65_HS1-834228961_62-HQ-83894_Section_9
Agency: FBI
Page 222
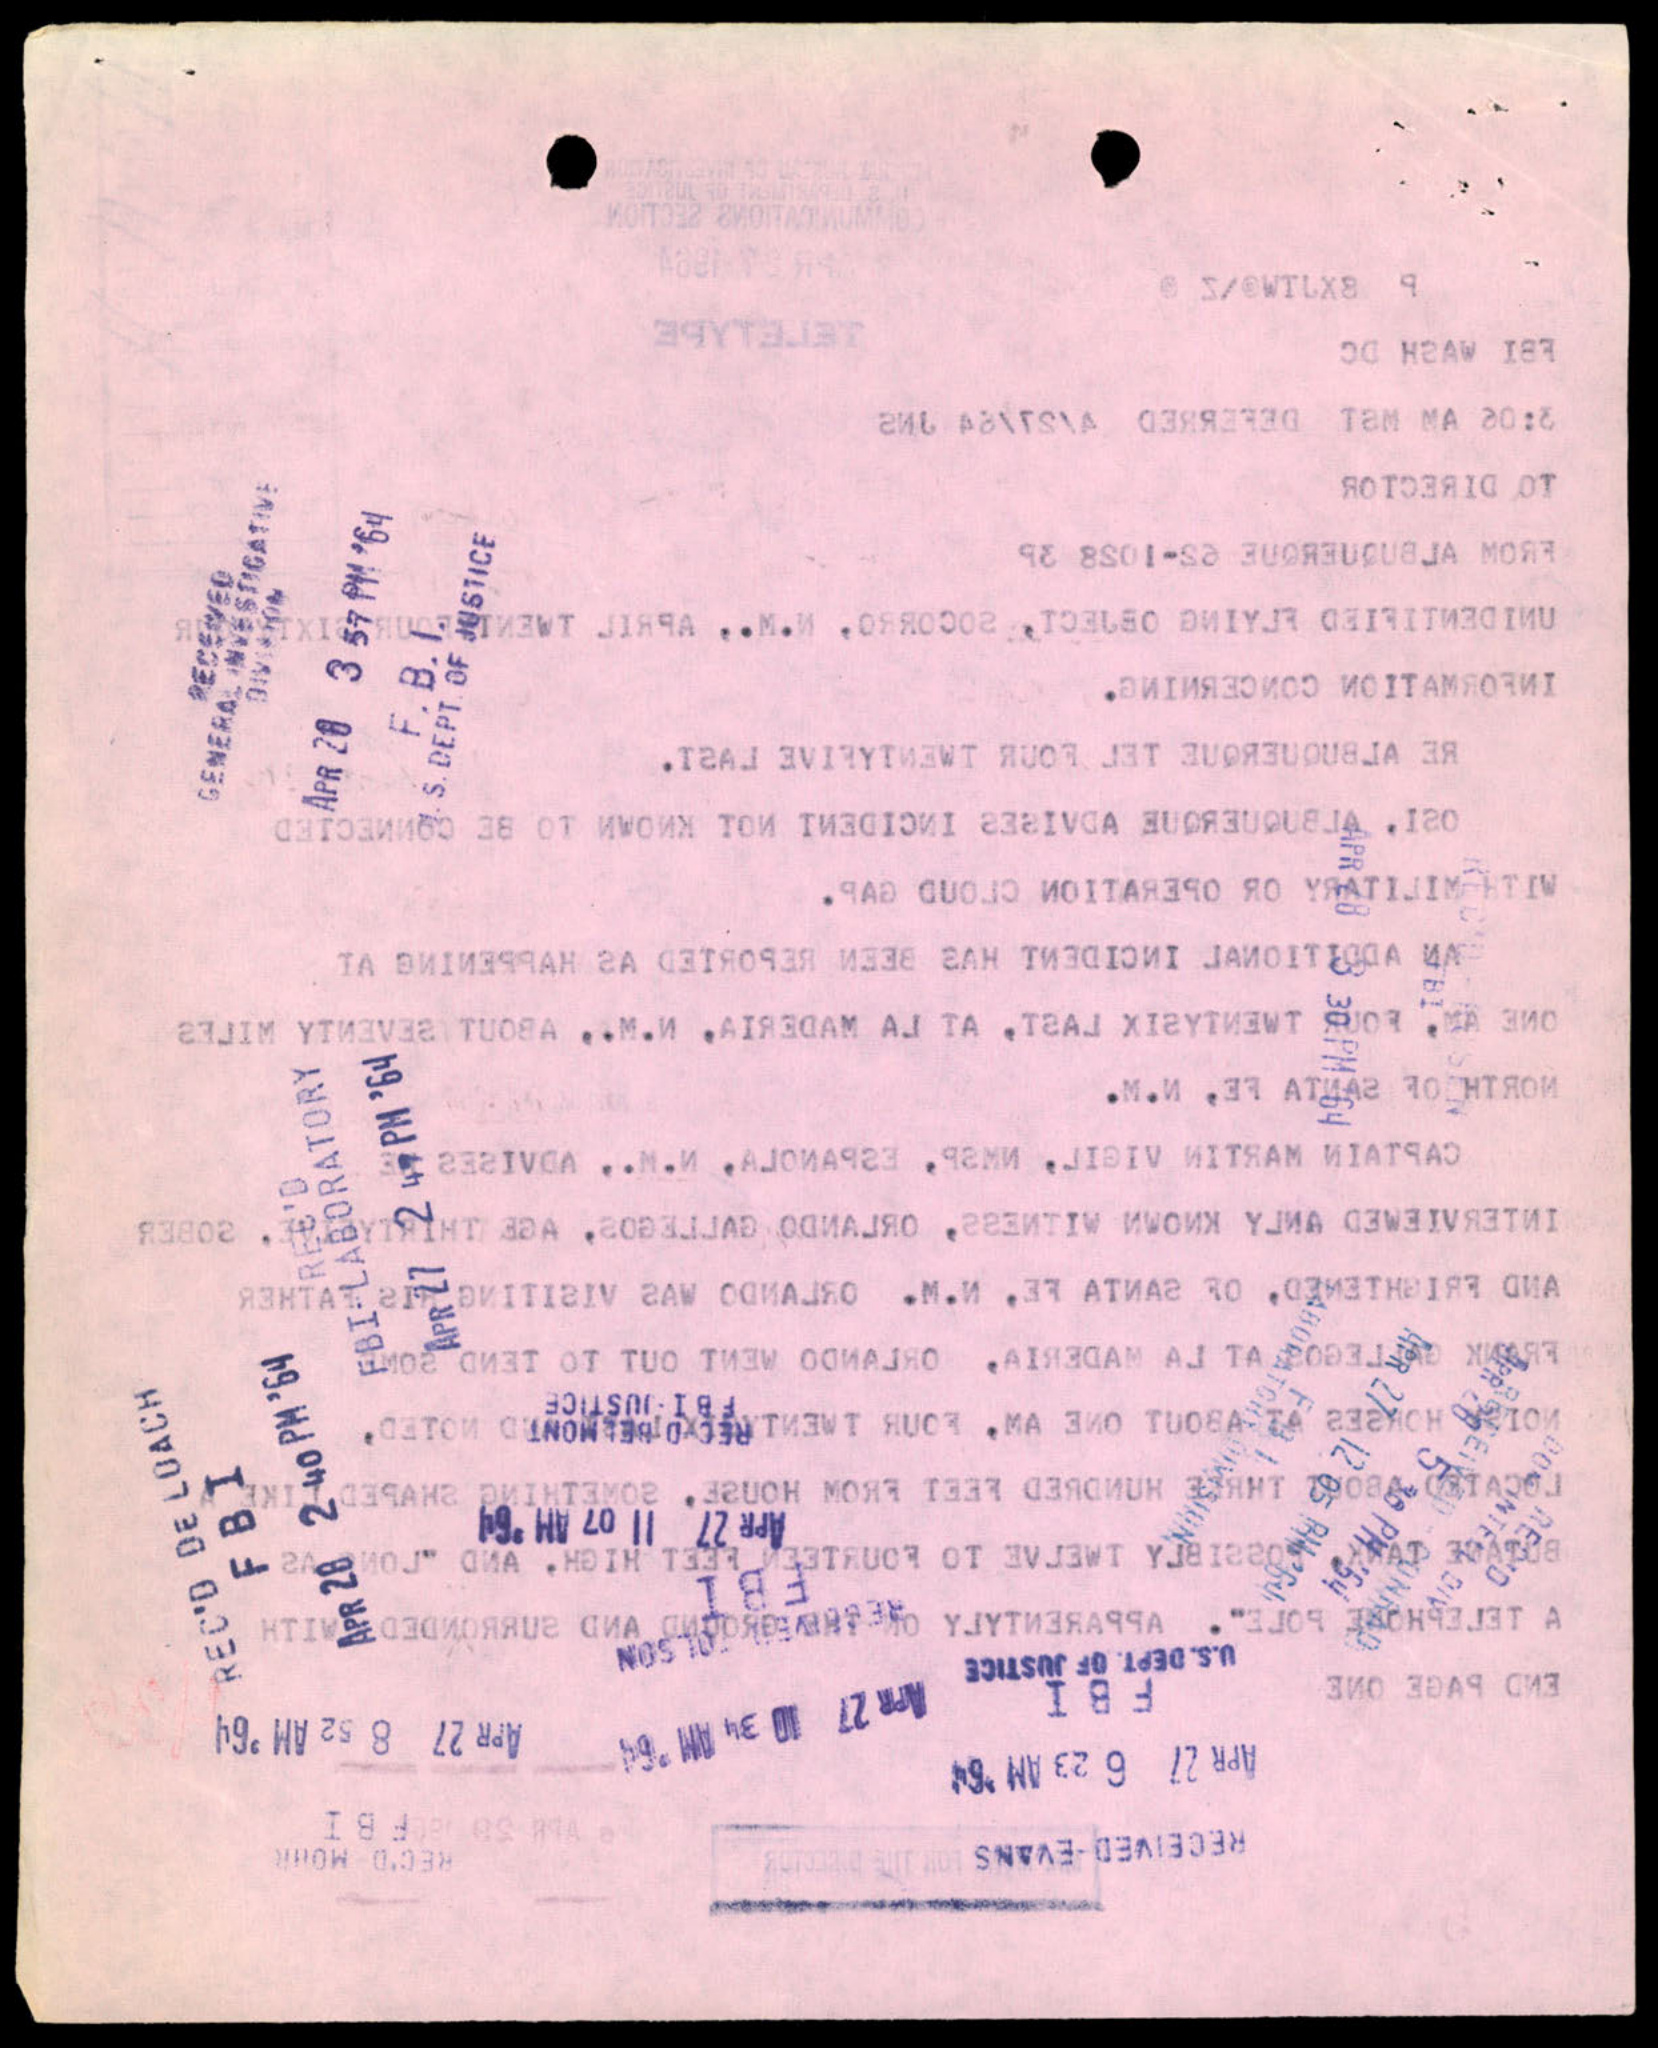